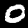
Label: 0